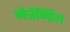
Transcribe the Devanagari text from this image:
नेत्रेन्द्रिय